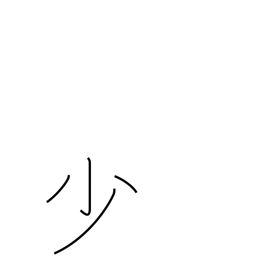
Meaning: few